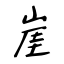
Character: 崖